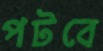
পটবে